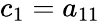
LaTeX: c_{1}=a_{11}